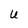
Character: U